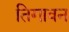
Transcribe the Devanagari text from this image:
तिगावन